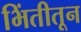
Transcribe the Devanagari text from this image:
भिंतीतून